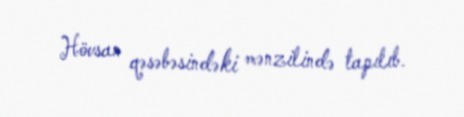
Hövsan qəsəbəsindəki mənzilində tapılıb.